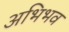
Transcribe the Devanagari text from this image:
अभिभव